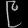
Digit: ၉